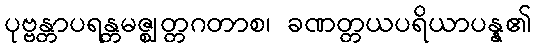
ပုဗ္ဗန္တာပရန္တမဇ္ဈတ္တဂတာစ၊ ခဏတ္တယပရိယာပန္န၏